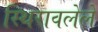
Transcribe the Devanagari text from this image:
स्थिरावलेले